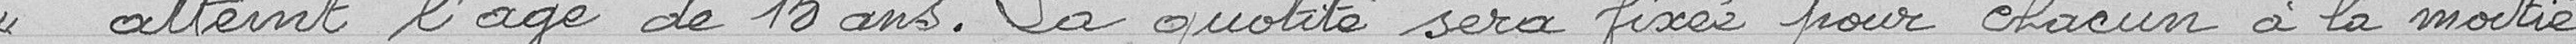
atteint l'âge de 15 ans. La quotité sera fixée pour chacun à la moitié